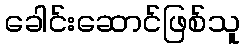
ခေါင်းဆောင်ဖြစ်သူ